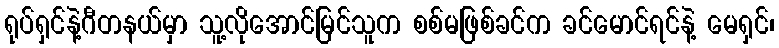
ရုပ်ရှင်နဲ့ဂီတနယ်မှာ သူ့လိုအောင်မြင်သူက စစ်မဖြစ်ခင်က ခင်မောင်ရင်နဲ့ မေရှင်၊